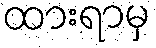
ထားရာမှ